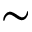
\sim